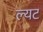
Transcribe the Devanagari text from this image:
ल्यट